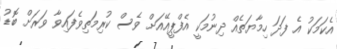
އެކަމަކު އެ ފަދަ ހިމާޔަތެއް ދިނުމަކީ އެފްޕީއޭއަށް ވެސް ކުރިމަތިވެފައިވާ ވަރަށް ބޮޑު